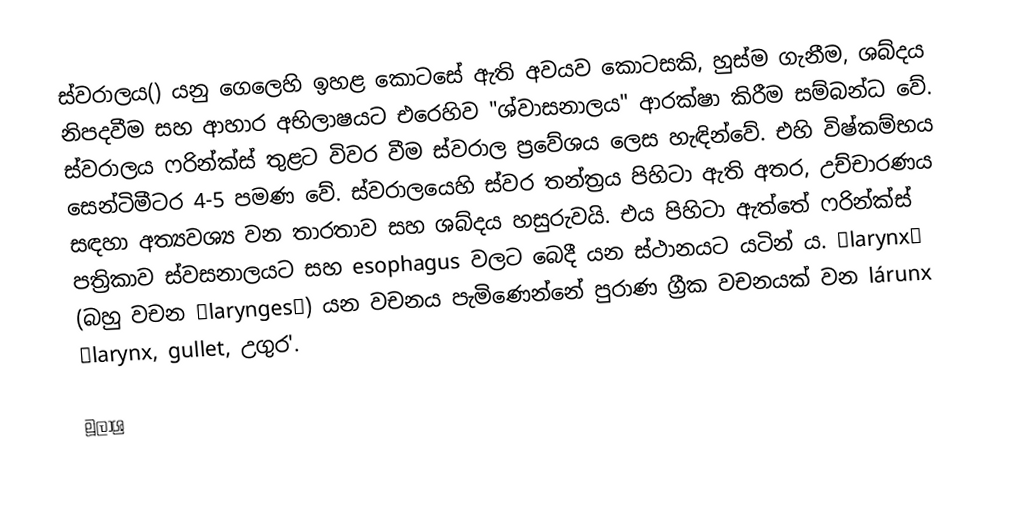
ස්වරාලය() යනු ගෙලෙහි ඉහළ කොටසේ ඇති අවයව කොටසකි, හුස්ම ගැනීම, ශබ්දය නිපදවීම සහ ආහාර අභිලාෂයට එරෙහිව "ශ්වාසනාලය" ආරක්ෂා කිරීම සම්බන්ධ වේ. ස්වරාලය ෆරින්ක්ස් තුළට විවර වීම ස්වරාල ප්‍රවේශය ලෙස හැඳින්වේ. එහි විෂ්කම්භය සෙන්ටිමීටර 4-5 පමණ වේ. ස්වරාලයෙහි ස්වර තන්ත්‍රය පිහිටා ඇති අතර, උච්චාරණය සඳහා අත්‍යවශ්‍ය වන තාරතාව සහ ශබ්දය හසුරුවයි. එය පිහිටා ඇත්තේ ෆරින්ක්ස් පත්‍රිකාව ස්වසනාලයට සහ esophagus වලට බෙදී යන ස්ථානයට යටින් ය. ʻlarynxʼ (බහු වචන ʻlaryngesʼ) යන වචනය පැමිණෙන්නේ පුරාණ ග්‍රීක වචනයක් වන lárunx ʻlarynx, gullet, උගුර'.

මූලාශ්‍ර